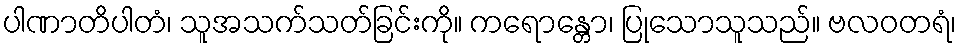
ပါဏာတိပါတံ၊ သူအသက်သတ်ခြင်းကို။ ကရောန္တော၊ ပြုသောသူသည်။ ဗလဝတရံ၊